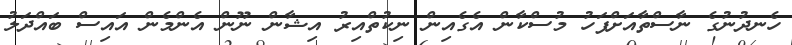
ހެނދުނުގެ ނާސްތާއަށްފަހު މުސްކާން އެގެއިން ނިކުތްއިރު އިޝާން ނޫން އެންމެން އައިސް ބައްދަލު